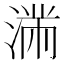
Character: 𱧽